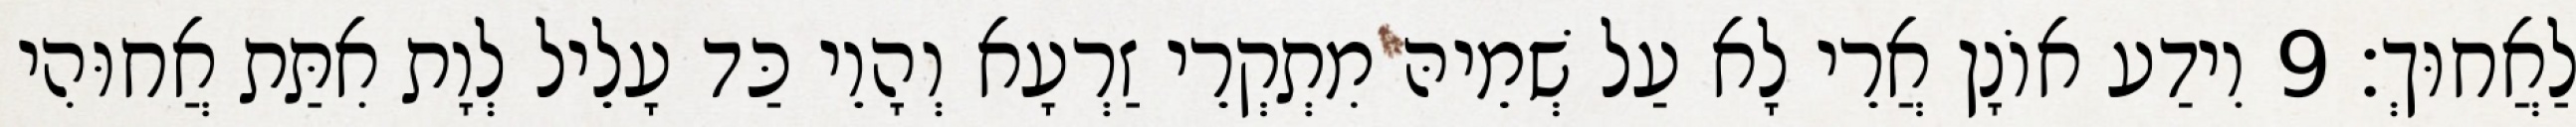
לַאֲחוּךְ׃ 9 וִידַע אוֹנָן אֲרֵי לָא עַל שְׁמֵיהּ מִתְקְרֵי זַרְעָא וְהָוֵי כַּד עָלֵיל לְוָת אִתַּת אֲחוּהִי